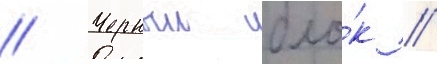
// Черныи бло́к //